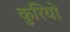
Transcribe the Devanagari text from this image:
कुरियो